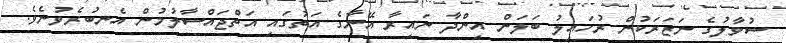
ސުވާލުގެ ނަޒަރަކުން ރުހައިލު ބަލަން އިންދާ ނައިރާ އޭނާގެ އަތުގައި އަތްޖައްސާލުމުން އެނބުރެވުނެވެ.